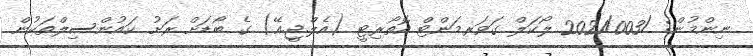
ނިންމުން: /2021/003 ލޯކަލް ގަވަރމަންޓް އޮތޯރިޓީ (އެލް.ޖީ.އޭ) ގެ ބޯޑަށް ރަށު ކައުންސިލްތަކުން